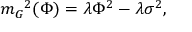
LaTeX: { m _ { G } } ^ { 2 } ( \Phi ) = \lambda { \Phi } ^ { 2 } - \lambda { \sigma } ^ { 2 } ,